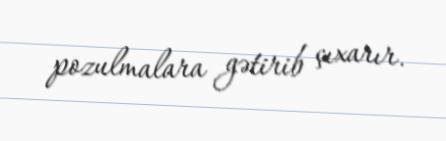
pozulmalara gətirib çıxarır.